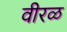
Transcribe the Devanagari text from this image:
वीरळ